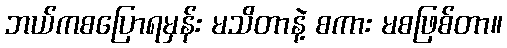
ဘယ်ကစပြောရမှန်း မသိတာနဲ့ စကား မစဖြစ်တာ။